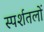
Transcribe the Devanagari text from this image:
स्पर्शतलों